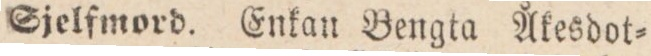
Sjelfmord. Enkan Bengta Åkesdot=